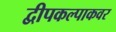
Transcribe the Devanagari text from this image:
द्वीपकल्पाकवर